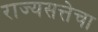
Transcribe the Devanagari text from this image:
राज्यसत्तेचा